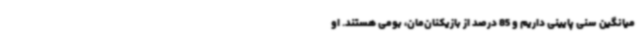
میانگین سنی پایینی داریم و 85 درصد از بازیکنان‌مان، بومی هستند. او